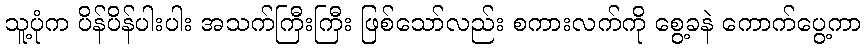
သူ့ပုံက ပိန်ပိန်ပါးပါး အသက်ကြီးကြီး ဖြစ်သော်လည်း စကားလက်ကို စွေ့ခနဲ ကောက်ပွေ့ကာ